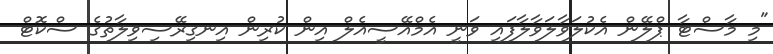
"މި މާސްޓާ ޕްލޭން އެކުލަވާލަވާލާފައި ވަނީ އެމްއޭސީއެލް އިން ކުރިން އިނގިރޭސިވިލާތުގެ ސްކޮޓް